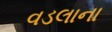
વડલાના